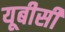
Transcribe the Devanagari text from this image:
यूबीसी